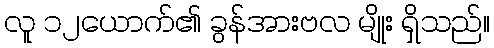
လူ ၁၂ယောက်၏ ခွန်အားဗလ မျိုး ရှိသည်။